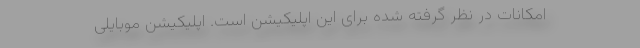
امکانات در نظر گرفته شده برای این اپلیکیشن است. اپلیکیشن موبایلی